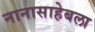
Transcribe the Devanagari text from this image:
नानासाहेबला